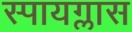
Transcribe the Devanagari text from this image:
स्पायग्लास